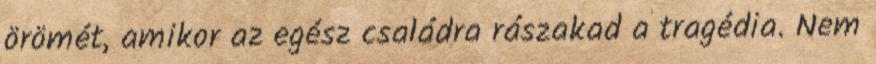
örömét, amikor az egész családra rászakad a tragédia. Nem